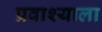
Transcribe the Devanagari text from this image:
प्रवाश्याला